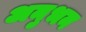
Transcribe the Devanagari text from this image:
अनुभन